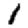
Digit: 1